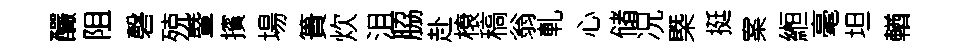
釅阻磬殑暨擯場簣炊沮脇赴榱稿翁軋心储况槩挺案縆毫坦輶